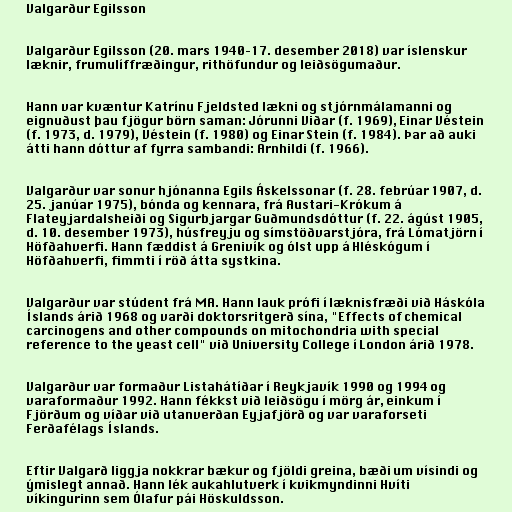
Valgarður Egilsson

Valgarður Egilsson (20. mars 1940–17. desember 2018) var íslenskur
læknir, frumulíffræðingur, rithöfundur og leiðsögumaður.

Hann var kvæntur Katrínu Fjeldsted lækni og stjórnmálamanni og
eignuðust þau fjögur börn saman: Jórunni Viðar (f. 1969), Einar Véstein
(f. 1973, d. 1979), Véstein (f. 1980) og Einar Stein (f. 1984). Þar að auki
átti hann dóttur af fyrra sambandi: Arnhildi (f. 1966).

Valgarður var sonur hjónanna Egils Áskelssonar (f. 28. febrúar 1907, d.
25. janúar 1975), bónda og kennara, frá Austari-Krókum á
Flateyjardalsheiði og Sigurbjargar Guðmundsdóttur (f. 22. ágúst 1905,
d. 10. desember 1973), húsfreyju og símstöðvarstjóra, frá Lómatjörn í
Höfðahverfi. Hann fæddist á Grenivík og ólst upp á Hléskógum í
Höfðahverfi, fimmti í röð átta systkina.

Valgarður var stúdent frá MA. Hann lauk prófi í læknisfræði við Háskóla
Íslands árið 1968 og varði doktorsritgerð sína, "Effects of chemical
carcinogens and other compounds on mitochondria with special
reference to the yeast cell" við University College í London árið 1978.

Valgarður var formaður Listahátíðar í Reykjavík 1990 og 1994 og
varaformaður 1992. Hann fékkst við leiðsögu í mörg ár, einkum í
Fjörðum og víðar við utanverðan Eyjafjörð og var varaforseti
Ferðafélags Íslands.

Eftir Valgarð liggja nokkrar bækur og fjöldi greina, bæði um vísindi og
ýmislegt annað. Hann lék aukahlutverk í kvikmyndinni Hvíti
víkingurinn sem Ólafur pái Höskuldsson.